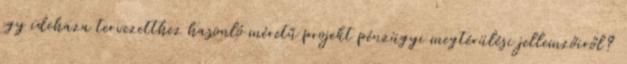
egy idehaza tervezetthez hasonló méretű projekt pénzügyi megtérülési jellemzőiről?